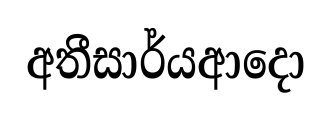
අතීසාර්යආදො